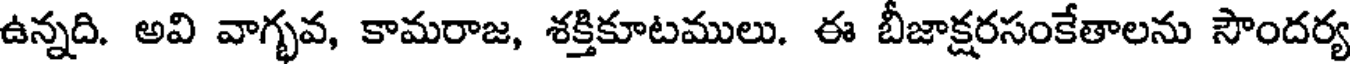
ఉన్నది. అవి వాగ్భవ, కామరాజ, శక్తికూటములు. ఈ బీజాక్షరసంకేతాలను సౌందర్య